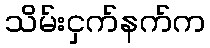
သိမ်းငှက်နက်က